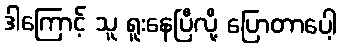
ဒါကြောင့် သူ ရူးနေပြီလို့ ပြောတာပေါ့